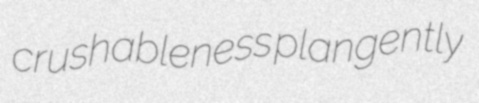
crushableness plangently